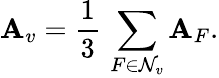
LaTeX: \mathbf{A}_{v}=\frac{{1}}{{3}}\, \displaystyle\sum_{F\in\mathcal{{N}}_{v}}\mathbf{A}_{F}.